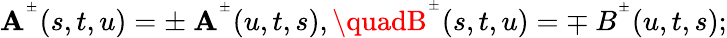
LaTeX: \mathbf{A}^{^{\pm}}(s,t,u)=\pm\ \mathbf{A}^{^\pm}(u,t,s),\quadB^{^\pm}(s,t,u)=\mp\ B^{^\pm}(u,t,s);